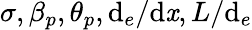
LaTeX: \sigma,\beta_{p},\theta_{p},\mathrm{d}_{e}/\mathrm{d}\mathit{x},L/\mathrm{d}_{e}